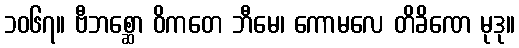
၁၀၆၇။ ဗီဘစ္ဆော ဝိကတေ ဘီမေ၊ ကောမလေ တိခိဏေ မုဒု။